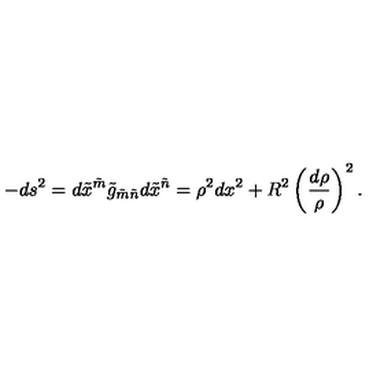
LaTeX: - d s ^ { 2 } = d \tilde { x } ^ { \tilde { m } } \tilde { g } _ { \tilde { m } \tilde { n } } d \tilde { x } ^ { \tilde { n } } = \rho ^ { 2 } d x ^ { 2 } + R ^ { 2 } \left( \frac { d \rho } \rho \right) ^ { 2 } .